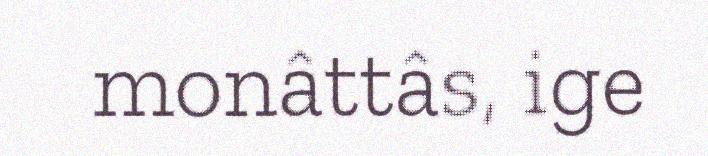
monâttâs, ige